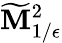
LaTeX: \widetilde{\mathbf{M}}_{1/\epsilon}^{2}